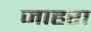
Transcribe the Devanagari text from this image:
जाहरा